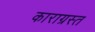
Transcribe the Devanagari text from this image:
काराग्रस्त